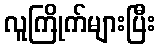
လူကြိုက်များပြီး